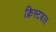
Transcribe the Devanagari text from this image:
क्रिस्टबल